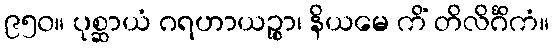
၉၅၀။ ပုစ္ဆာယံ ဂရဟာယဉ္စာ၊ နိယမေ ကိံ တိလိင်္ဂိကံ။